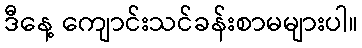
ဒီနေ့ ကျောင်းသင်ခန်းစာမများပါ။